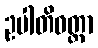
ဥပါတိဝတ္တာ